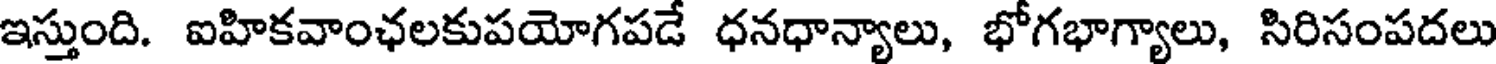
ఇస్తుంది. ఐహికవాంఛలకుపయోగపడే ధనధాన్యాలు, భోగభాగ్యాలు, సిరిసంపదలు